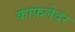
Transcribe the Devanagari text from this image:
काफ़लेदर